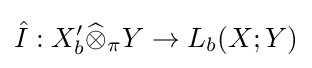
{\hat {I}}:X'_{b}{\widehat {\otimes }}_{\pi }Y\to L_{b}(X;Y)